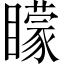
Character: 矇